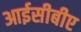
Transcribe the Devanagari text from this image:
आईसीबीए